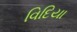
વિદિયા